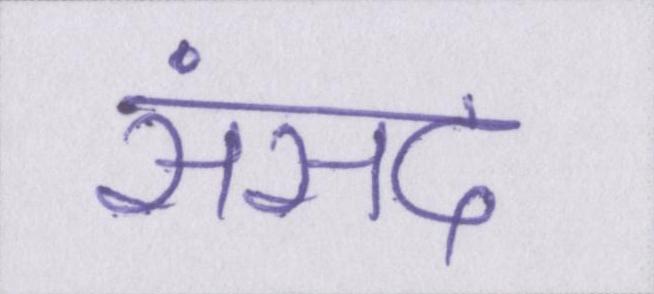
संसद